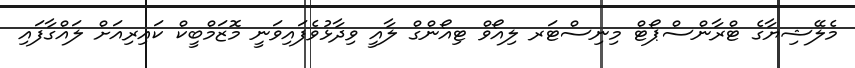
މެލޭޝިޔާގެ ޓްރާންސްޕޯޓް މިނިސްޓަރ ލިއޯވް ޓިއޯންގް ލާއީ ވިދާޅުވެފައިވަނީ މޮޒަމްބީކް ކައިރިއަށް ލައްގާފައި